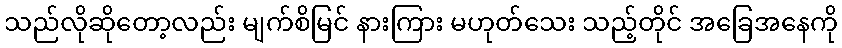
သည်လိုဆိုတော့လည်း မျက်စိမြင် နားကြား မဟုတ်သေး သည့်တိုင် အခြေအနေကို